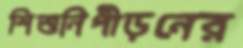
শিশুনিপীড়নের